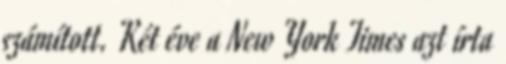
számított. Két éve a New York Times azt írta